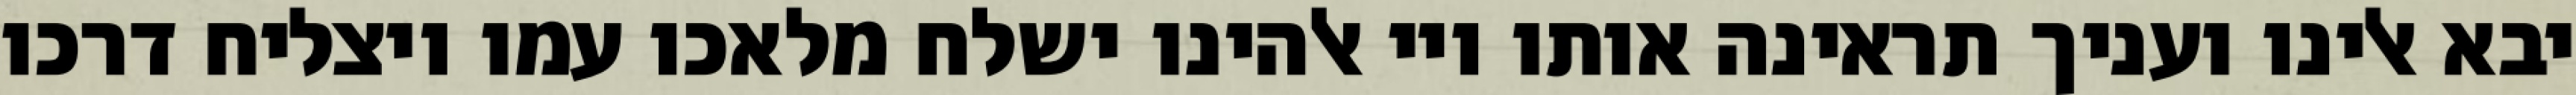
יבא אלינו ועניך תראינה אותו ויי אלהינו ישלח מלאכו עמו ויצליח דרכו